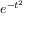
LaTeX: e ^ { - t ^ { 2 } }